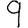
Digit: 9